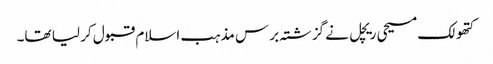
کتھولک مسیحی ریچل نے گزشتہ برس مذہب اسلام قبول کر لیا تھا۔